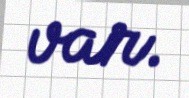
var.